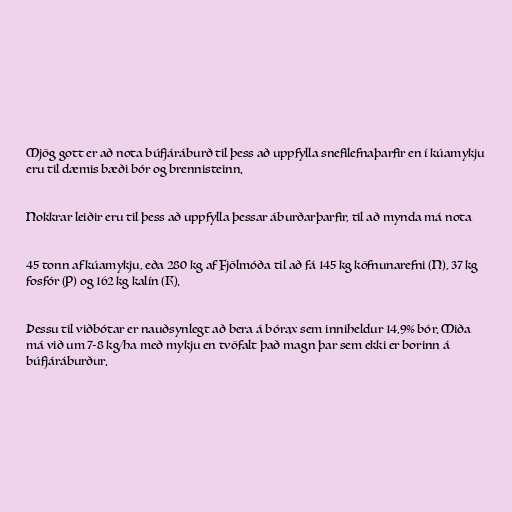
Mjög gott er að nota búfjáráburð til þess að uppfylla snefilefnaþarfir en í kúamykju
eru til dæmis bæði bór og brennisteinn.

Nokkrar leiðir eru til þess að uppfylla þessar áburðarþarfir, til að mynda má nota

45 tonn af kúamykju, eða 280 kg af Fjölmóða til að fá 145 kg köfnunarefni (N), 37 kg
fosfór (P) og 162 kg kalín (K).

Þessu til viðbótar er nauðsynlegt að bera á bórax sem inniheldur 14,9% bór. Miða
má við um 7-8 kg/ha með mykju en tvöfalt það magn þar sem ekki er borinn á
búfjáráburður.